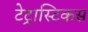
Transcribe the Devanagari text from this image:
टेट्रास्टिकस